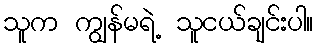
သူက ကျွန်မရဲ့ သူငယ်ချင်းပါ။